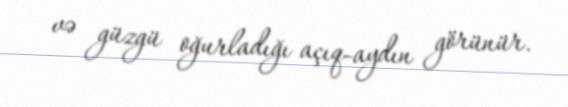
və güzgü oğurladığı açıq-aydın görünür.